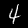
Label: 4